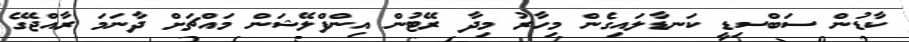
ކާޑުން ސަބްސިޑީ ކަނޑާލައިގެން މިހާރު މިދާ ރޭޓުން އިންފްލޭޝަން މައްޗަށް ދާނަމަ ރާއްޖޭގެ